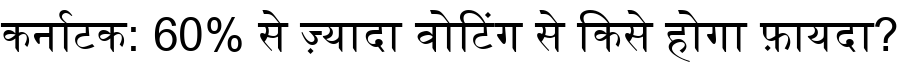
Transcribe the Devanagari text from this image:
कर्नाटक: 60% से ज़्यादा वोटिंग से किसे होगा फ़ायदा?